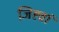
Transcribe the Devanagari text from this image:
जिह्वां